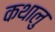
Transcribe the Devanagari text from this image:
कथालु